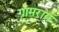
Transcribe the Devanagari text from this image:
ग्रामराग